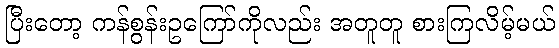
ပြီးတော့ ကန်စွန်းဥကြော်ကိုလည်း အတူတူ စားကြလိမ့်မယ်